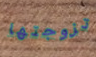
تزوجتها